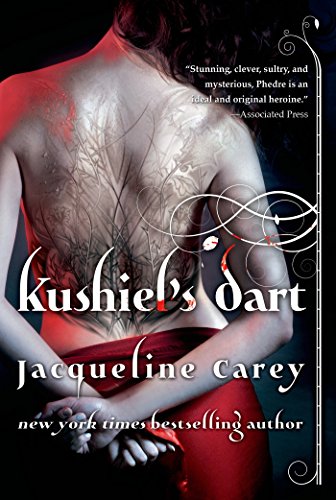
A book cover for Kushiel's Dart (Kushiel's Legacy); Jacqueline Carey; Science Fiction & Fantasy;